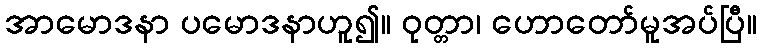
အာမောဒနာ ပမောဒနာဟူ၍။ ဝုတ္တာ၊ ဟောတော်မူအပ်ပြီ။